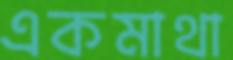
একমাথা